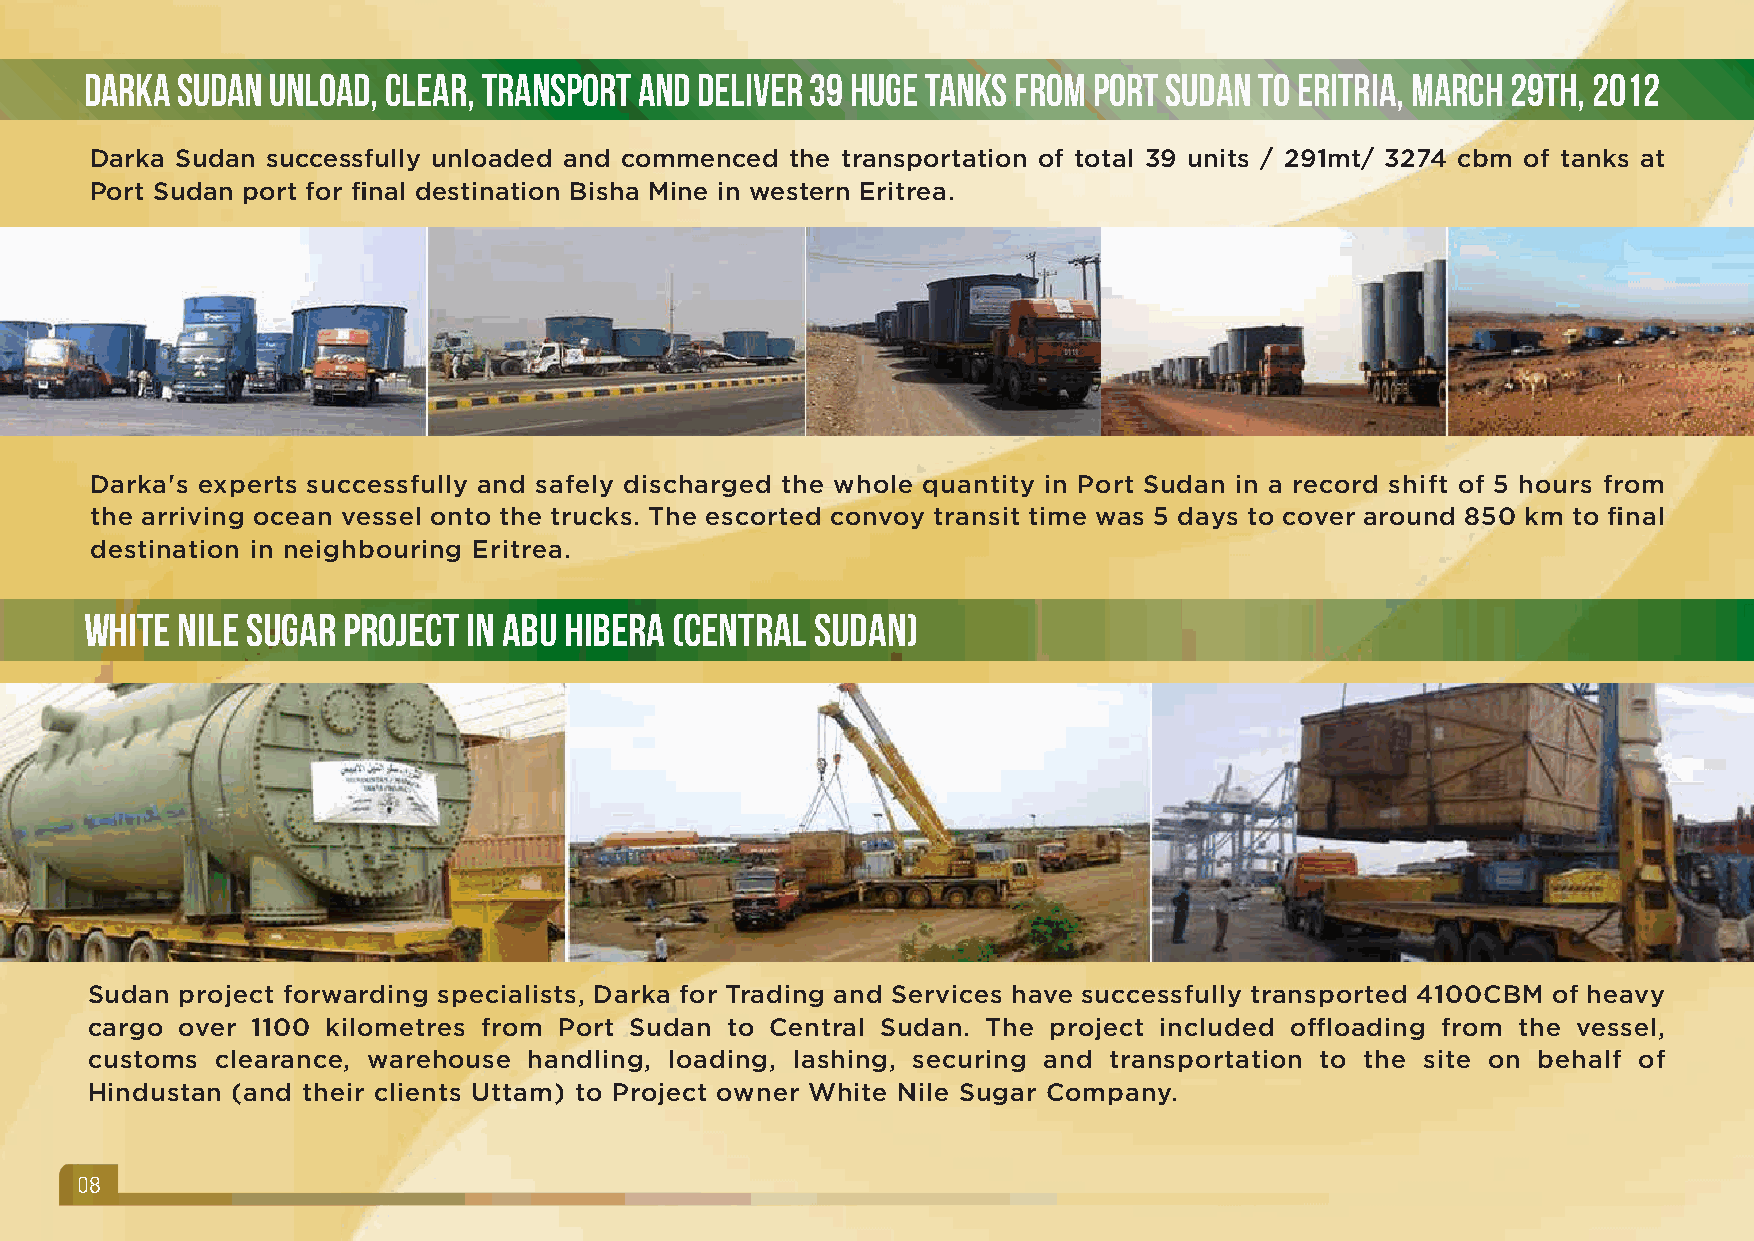
Darka Sudan unload, clear, transport and deliver 39 huge tanks from Port Sudan to Eritria, March 29th, 2012
 Darka Sudan successfully unloaded and commenced the transportation of total 39 units / 291mt/ 3274 cbm of tanks at
 Port Sudan port for final destination Bisha Mine in western Eritrea.
 Darka's experts successfully and safely discharged the whole quantity in Port Sudan in a record shift of 5 hours from
 the arriving ocean vessel onto the trucks. The escorted convoy transit time was 5 days to cover around 850 km to final
 destination in neighbouring Eritrea.
 White Nile Sugar Project in Abu Hibera (Central Sudan)
 Sudan project forwarding specialists, Darka for Trading and Services have successfully transported 4100CBM of heavy
 cargo over 1100 kilometres from Port Sudan to Central Sudan. The project included offloading from the vessel,
 customs clearance, warehouse handling, loading, lashing, securing and transportation to the site on behalf of
 Hindustan (and their clients Uttam) to Project owner White Nile Sugar Company.
 08